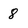
Character: 8